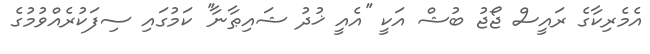
އެމެރިކާގެ ރައީސް ޖޯޖު ބުޝް އަކީ ''އެއީ ޚުދު ޝައިޠާނާ'' ކަމުގައި ސިފަކުރެއްވުމުގެ